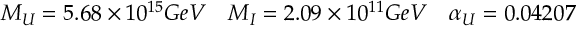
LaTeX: \begin{array} { c c c } { { M _ { U } = 5 . 6 8 \times 1 0 ^ { 1 5 } G e V } } & { { M _ { I } = 2 . 0 9 \times 1 0 ^ { 1 1 } G e V } } & { { \alpha _ { U } = 0 . 0 4 2 0 7 } } \end{array}